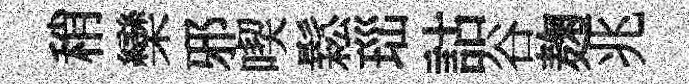
稍欒邪喫鬆𤤼詁谷麹兆